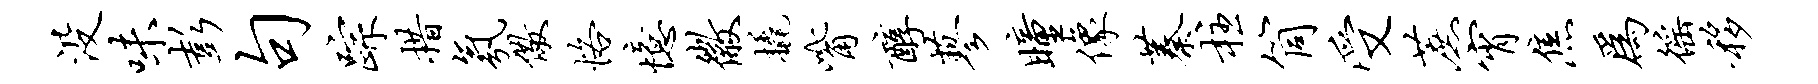
没味彭句踪措氛儆恪忆徽橇觜醇蓼瞳像蓁柱筒受蔗宵焦为徭移